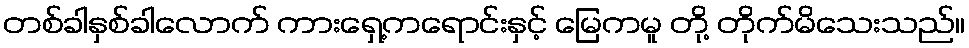
တစ်ခါနှစ်ခါလောက် ကားရှေ့ကရောင်းနှင့် မြေကမူ တို့ တိုက်မိသေးသည်။